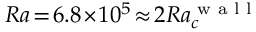
R a \! = \! 6 . 8 \! \times \! 1 0 ^ { 5 } \! \approx \! 2 R a _ { c } ^ { \textrm { w a l l } }